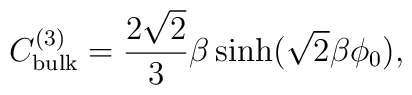
C_{\rm bulk}^{(3)}=\frac{2\sqrt{2}}{3}\beta\sinh(\sqrt{2}\beta \phi_{0}),